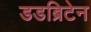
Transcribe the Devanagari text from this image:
डडब्रिटेन